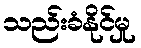
သည်းခံနိုင်မှု